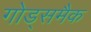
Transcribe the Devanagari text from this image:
गोड्समैक